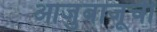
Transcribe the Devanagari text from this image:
आजुबाजूची